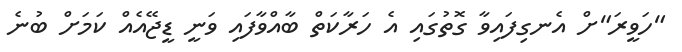
"ހަވީރަ"ށް އެނގިފައިވާ ގޮތުގައި އެ ހަރާކަތް ބާއްވާފައި ވަނީ ޑީޖޭއެއް ކަމަށް ބުނެ